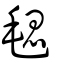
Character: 毸